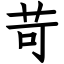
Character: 苛